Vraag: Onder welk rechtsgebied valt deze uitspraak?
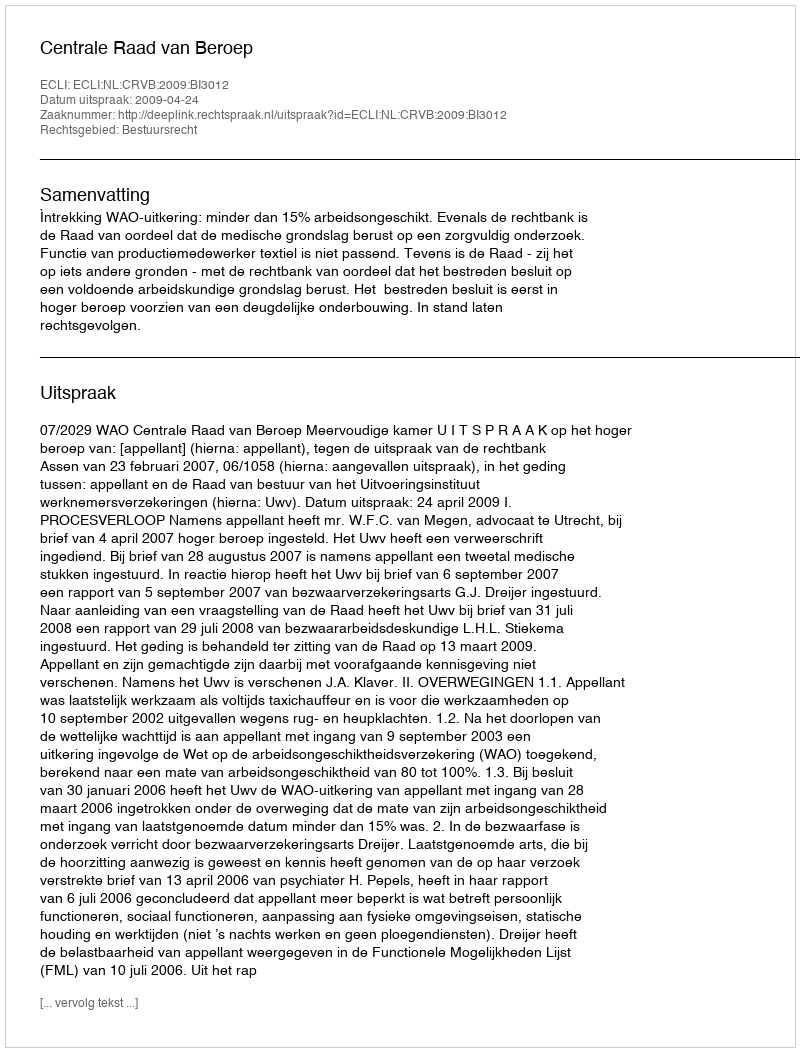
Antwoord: Bestuursrecht